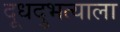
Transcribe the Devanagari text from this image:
दूधदुभत्याला